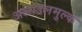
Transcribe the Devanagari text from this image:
अलाउलमुल्क